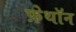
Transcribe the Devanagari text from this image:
फ़ेथॉन